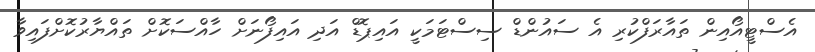
އެސްޓީއޯއިން ތައާރަފްކުރި އެ ސައުންޑް ސިސްޓަމަކީ އައިޕޮޑް އަދި އައިފޯނަށް ހާއްސަކޮށް ތައްޔާރުކޮށްފައިވާ